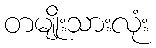
တမျိုးသားလုံး